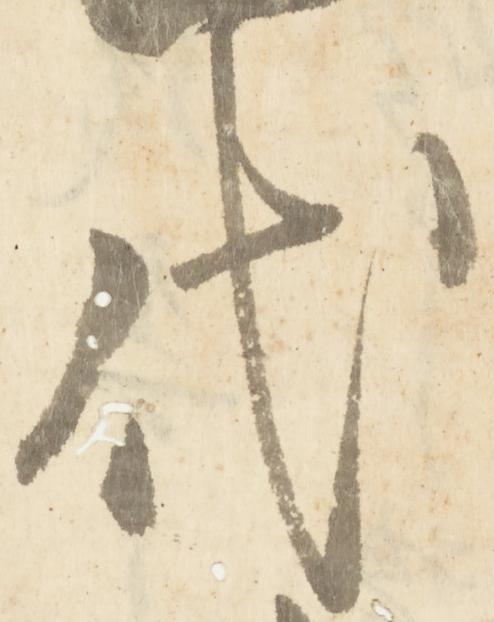
代